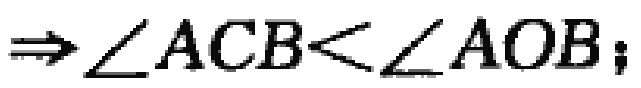
$\Rightarrow\angle ACB<\angle AOB;$